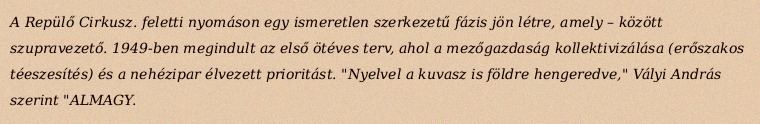
A Repülő Cirkusz. feletti nyomáson egy ismeretlen szerkezetű fázis jön létre, amely – között szupravezető. 1949-ben megindult az első ötéves terv, ahol a mezőgazdaság kollektivizálása (erőszakos téeszesítés) és a nehézipar élvezett prioritást. "Nyelvel a kuvasz is földre hengeredve," Vályi András szerint "ALMAGY.